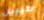
طيبين